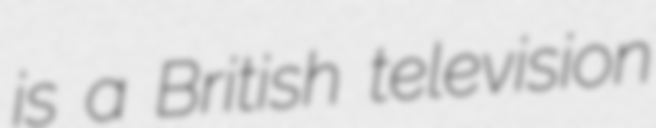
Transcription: is a British television